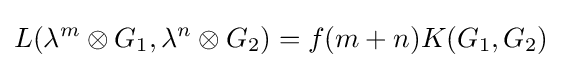
L(\lambda ^{m}\otimes G_{1},\lambda ^{n}\otimes G_{2})=f(m+n)K(G_{1},G_{2})